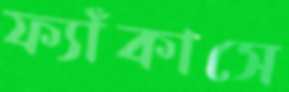
ফ্যাঁকাসে